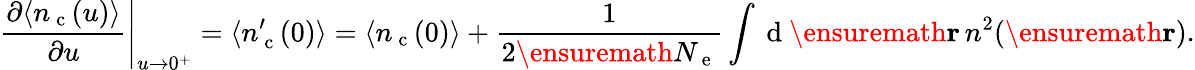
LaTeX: \left.\frac{\partial\langle n_{\mathrm{~c~}}(u)\rangle}{\partial u}\right\vert_{u\rightarrow 0^{+}}=\langle n_{\mathrm{~c~}}^{\prime}(0)\rangle=\langle n_{\mathrm{~c~}}(0)\rangle+\frac{1}{2\ensuremath{N_{\mathrm{~e~}}}}\int\mathrm{~d~}\ensuremath{\mathbf{r}}\, n^{2}(\ensuremath{\mathbf{r}}).